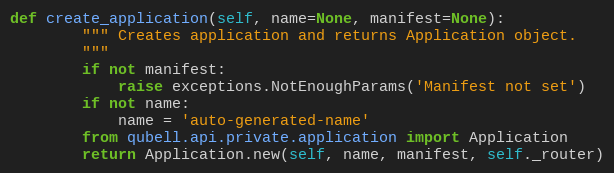
Language: Python
def create_application(self, name=None, manifest=None):
        """ Creates application and returns Application object.
        """
        if not manifest:
            raise exceptions.NotEnoughParams('Manifest not set')
        if not name:
            name = 'auto-generated-name'
        from qubell.api.private.application import Application
        return Application.new(self, name, manifest, self._router)